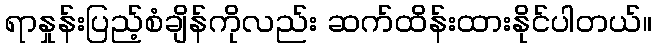
ရာနှုန်းပြည့်စံချိန်ကိုလည်း ဆက်ထိန်းထားနိုင်ပါတယ်။